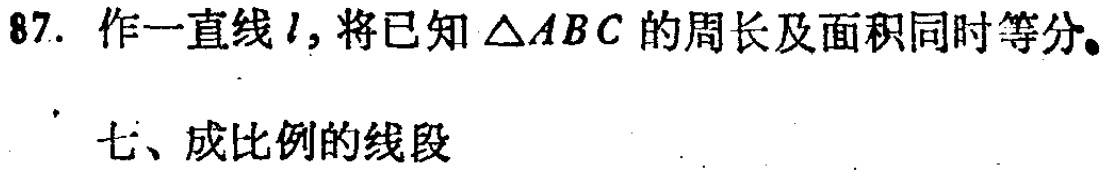
87. 作一直线\(l\)，将已知\(\triangle ABC\)的周长及面积同时等分。
七、成比例的线段